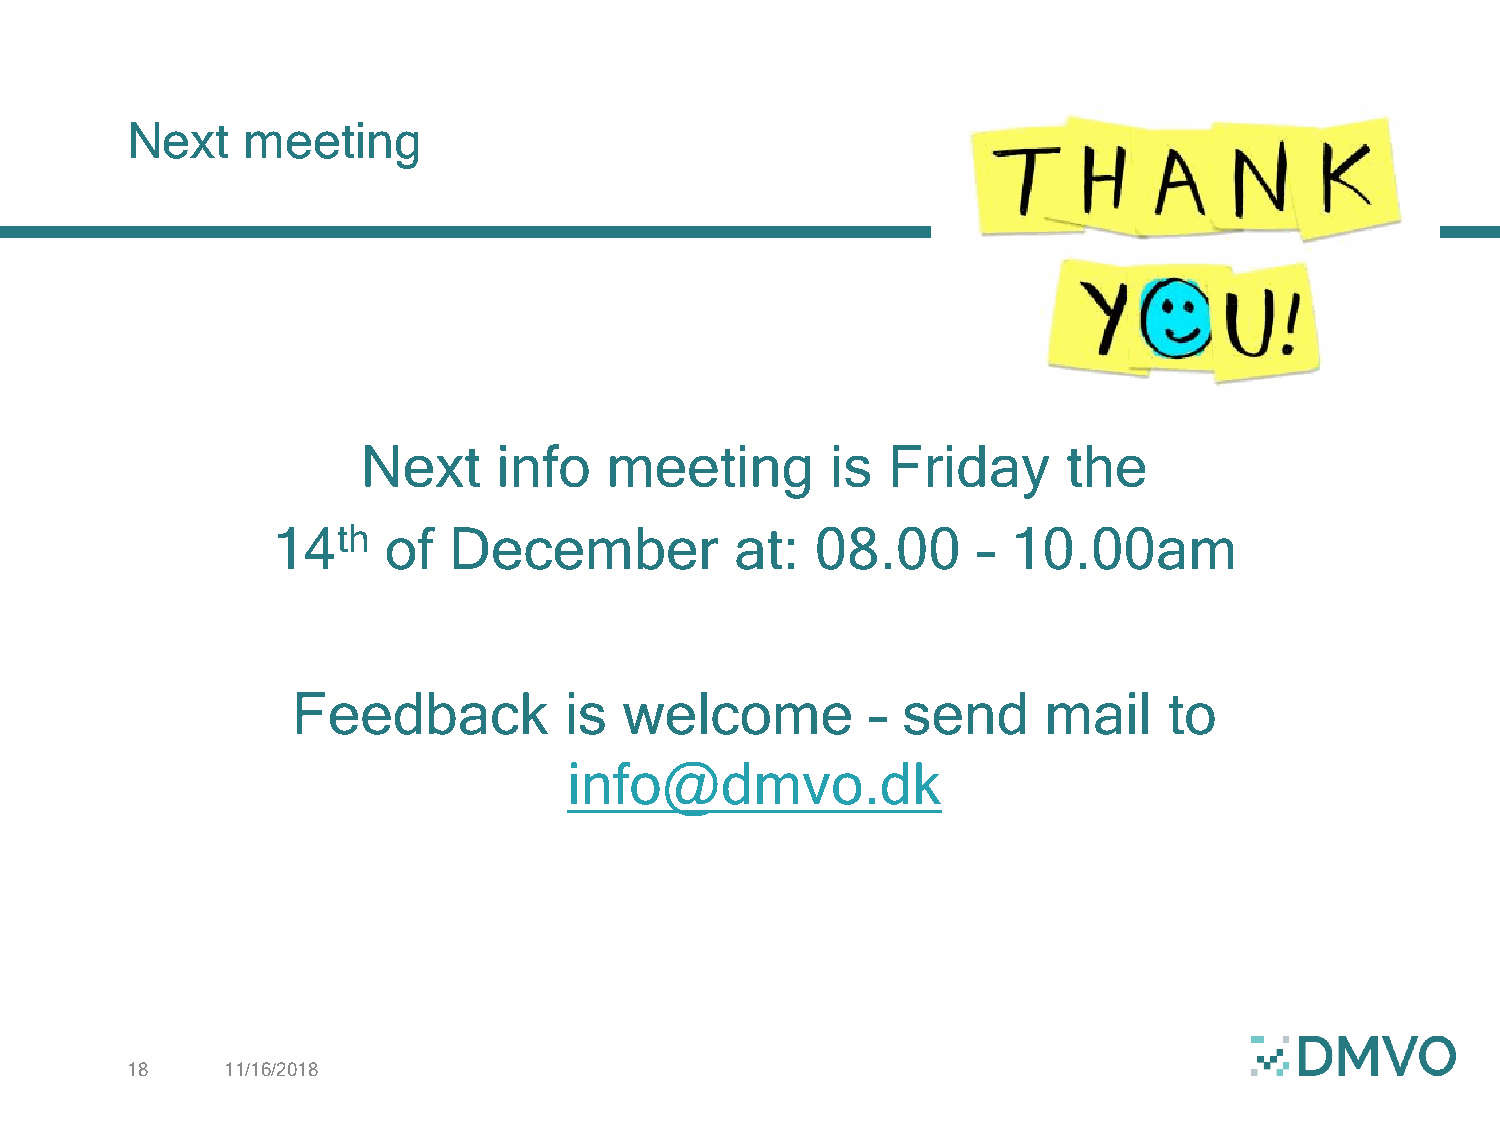
Next    meeting
 Next     info   meeting        is  Friday      the
 14th   of   December           at:  08.00      – 10.00am
 Feedback          is  welcome          – send     mail    to
 info@dmvo.dk
 18     11/16/2018